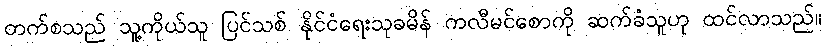
တက်စသည် သူ့ကိုယ်သူ ပြင်သစ် နိုင်ငံရေးသုခမိန် ကလီမင်စောကို ဆက်ခံသူဟု ထင်လာသည်။